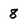
Character: 8